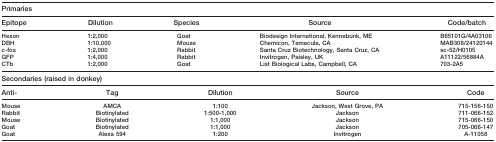
<table><thead><tr><td colspan="5"><b>Primaries</b></td></tr><tr><td><b>Epitope</b></td><td><b>Dilution</b></td><td><b>Species</b></td><td><b>Source</b></td><td><b>Code/batch</b></td></tr></thead><tbody><tr><td>Hexon</td><td>1:2,000</td><td>Goat</td><td>Biodesign International, Kennebunk, ME</td><td>B65101G/4A03106</td></tr><tr><td>DBH</td><td>1:10,000</td><td>Mouse</td><td>Chemicon, Temecula, CA</td><td>MAB308/24120144</td></tr><tr><td>c-fos</td><td>1:2,000</td><td>Rabbit</td><td>Santa Cruz Biotechnology, Santa Cruz, CA</td><td>sc-52/H0105</td></tr><tr><td>GFP</td><td>1:4,000</td><td>Rabbit</td><td>Invitrogen, Paisley, UK</td><td>A11122/56884A</td></tr><tr><td>CTb</td><td>1:2,000</td><td>Goat</td><td>List Biological Labs, Campbell, CA</td><td>703-2A5</td></tr><tr><td colspan="5">Secondaries (raised in donkey)</td></tr><tr><td>Anti-</td><td>Tag</td><td>Dilution</td><td>Source</td><td>Code</td></tr><tr><td>Mouse</td><td>AMCA</td><td>1:100</td><td>Jackson, West Grove, PA</td><td>715-156-150</td></tr><tr><td>Rabbit</td><td>Biotinylated</td><td>1:500-1,000</td><td>Jackson</td><td>711-066-152</td></tr><tr><td>Mouse</td><td>Biotinylated</td><td>1:1,000</td><td>Jackson</td><td>715-066-150</td></tr><tr><td>Goat</td><td>Biotinylated</td><td>1:1,000</td><td>Jackson</td><td>705-066-147</td></tr><tr><td>Goat</td><td>Alexa 594</td><td>1:200</td><td>Invitrogen</td><td>A-11058</td></tr></tbody></table>